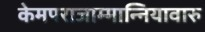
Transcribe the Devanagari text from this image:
केमपराजाम्मान्नियावारु